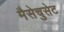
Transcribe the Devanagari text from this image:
मैसेचुसेट